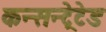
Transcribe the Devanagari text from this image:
कन्सन्ट्रेटेड